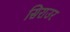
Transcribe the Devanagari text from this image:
सिराउर